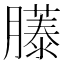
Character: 𫆹